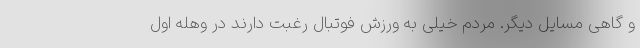
و گاهی مسایل دیگر. مردم خیلی به ورزش فوتبال رغبت دارند در وهله اول